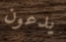
يدعون